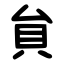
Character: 貟